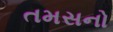
તમસનો